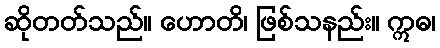
ဆိုတတ်သည်။ ဟောတိ၊ ဖြစ်သနည်း။ ဣဓ၊